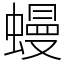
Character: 蟃